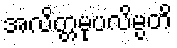
အလိတ္တမုပလိမ္ပတိ